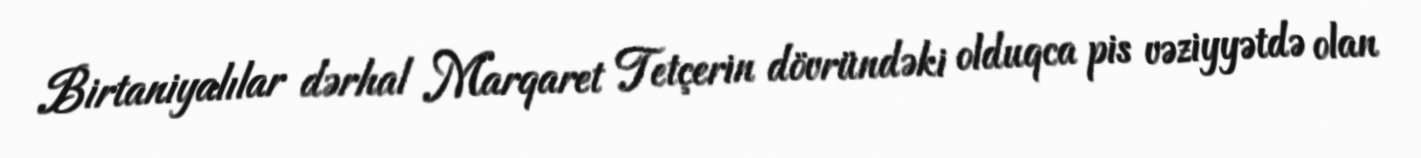
Birtaniyalılar dərhal Marqaret Tetçerin dövründəki olduqca pis vəziyyətdə olan